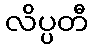
လိပ္ပတီ